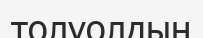
толуолдың